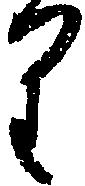
り